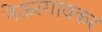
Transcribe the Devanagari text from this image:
नेऊरगावकर